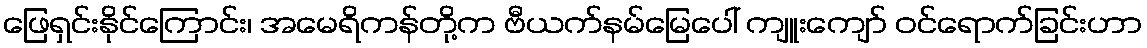
ဖြေရှင်းနိုင်ကြောင်း၊ အမေရိကန်တို့က ဗီယက်နမ်မြေပေါ် ကျူးကျော် ဝင်ရောက်ခြင်းဟာ